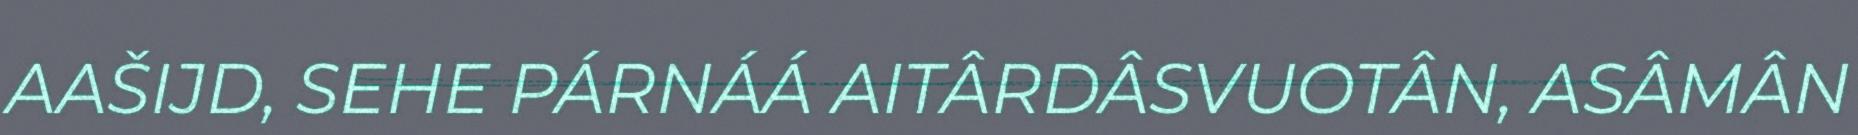
AAŠIJD, SEHE PÁRNÁÁ AITÂRDÂSVUOTÂN, ASÂMÂN